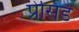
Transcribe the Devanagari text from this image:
प्रेसिड